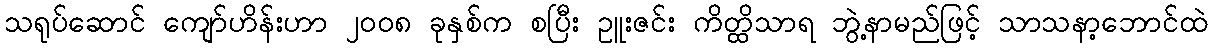
သရုပ်ဆောင် ကျော်ဟိန်းဟာ ၂၀၀၈ ခုနှစ်က စပြီး ဥူးဇင်း ကိတ္ထိသာရ ဘွဲ့နာမည်ဖြင့် သာသနာ့ဘောင်ထဲ